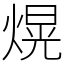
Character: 熀